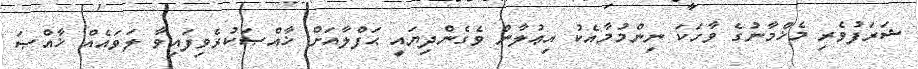
ޝަރަފުވެރި މެޚްމާނުގެ ވާހަކަ ނިންމުމާއެކު އިޢުލާން ވެގެންދިޔައީ ޙަފްލާއަށް ޚާއްޞަކުރެވިފައިވާ ލަވައެއް ޚާއްޞަ